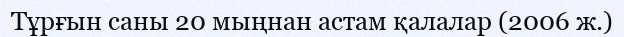
Тұрғын саны 20 мыңнан астам қалалар (2006 ж.)